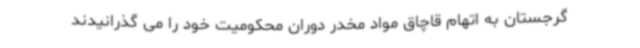
گرجستان به اتهام قاچاق مواد مخدر دوران محکومیت خود را می گذرانیدند